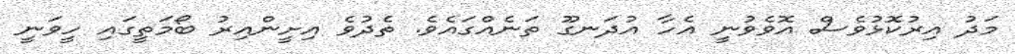
މަދު އިރުކޮޅުވެސް އޮވެވުނީ އެހާ އުދަނގޫ ތަނެއްގައެވެ. ތެދުވެ އިށީންއިރު ބޯމަތީގައި ހީވަނީ